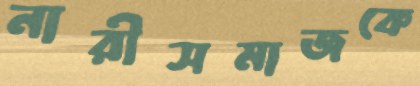
নারীসমাজকে